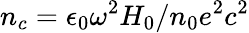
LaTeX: n_{c}=\epsilon_{0}\omega^{2}H_{0}/n_{0}e^{2}c^{2}